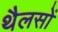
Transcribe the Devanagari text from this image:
थैलसों